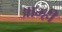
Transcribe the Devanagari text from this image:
आम्‍ही